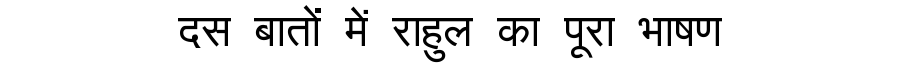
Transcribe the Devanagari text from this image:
दस बातों में राहुल का पूरा भाषण